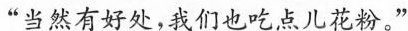
”当然有好处，我们也吃点儿花粉，”